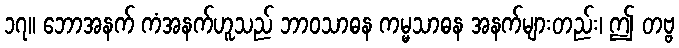
၁၇။ ဘောအနက် ကံအနက်ဟူသည် ဘာဝသာဓန ကမ္မသာဓန အနက်များတည်း၊ ဤ တဗ္ဗ